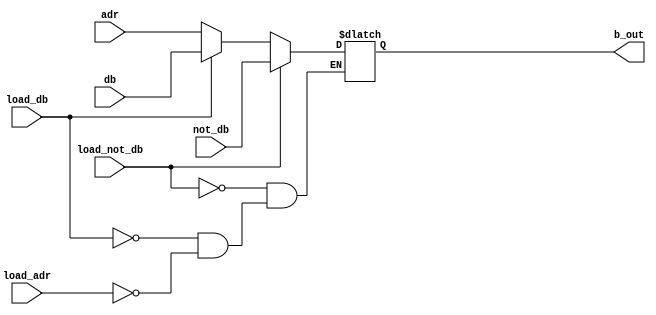
/*
 *                                                 B_INPUT_REGISTER
 *
 *                                   Copyright (c) 2021 Kevin Lynch
 *                             This file is licensed under the MIT license
 *
 *  The b-side register has three input sources and one always-on output.
 *  The three input sources are: a) the inverted internal data bus, b) the internal data bus,
 *  and c) the address low data bus.
 */
module b_input_register(load_not_db, load_db, load_adr, not_db, db, adr, b_out);
  input load_not_db;      //net: 1068; not_db_add
  input load_db;          //net: 859; db_add
  input load_adr;         //net: 910; adl_add
  input [7:0] not_db;     //inverted values of db
  input [7:0] db;         //internal data bus
  input [7:0] adr;        //address data low bus
  output reg [7:0] b_out; //goes to the alu

  always @(*)
    begin
      if (load_not_db)
        b_out <= not_db;
      else if (load_db)
        b_out <= db;
      else if (load_adr)
        b_out <= adr;
    end
endmodule